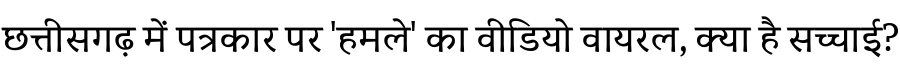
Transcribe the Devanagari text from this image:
छत्तीसगढ़ में पत्रकार पर 'हमले' का वीडियो वायरल, क्या है सच्चाई?